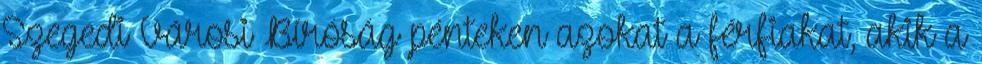
Szegedi Városi Bíróság pénteken azokat a férfiakat, akik a